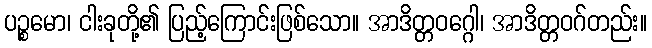
ပဉ္စမော၊ ငါးခုတို့၏ ပြည့်ကြောင်းဖြစ်သော။ အာဒိတ္တဝဂ္ဂေါ၊ အာဒိတ္တဝဂ်တည်း။